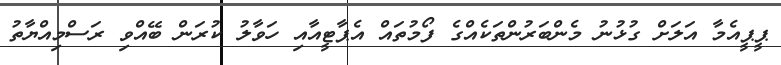
ޕީޕީއެމާ އަލަށް ގުޅުނު މެންބަރުންތަކެއްގެ ފޯމުތައް އެޕާޓީއާއި ހަވާލު ކުރަން ބޭއްވި ރަސްމިއްޔާތު